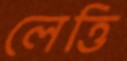
লেত্তি